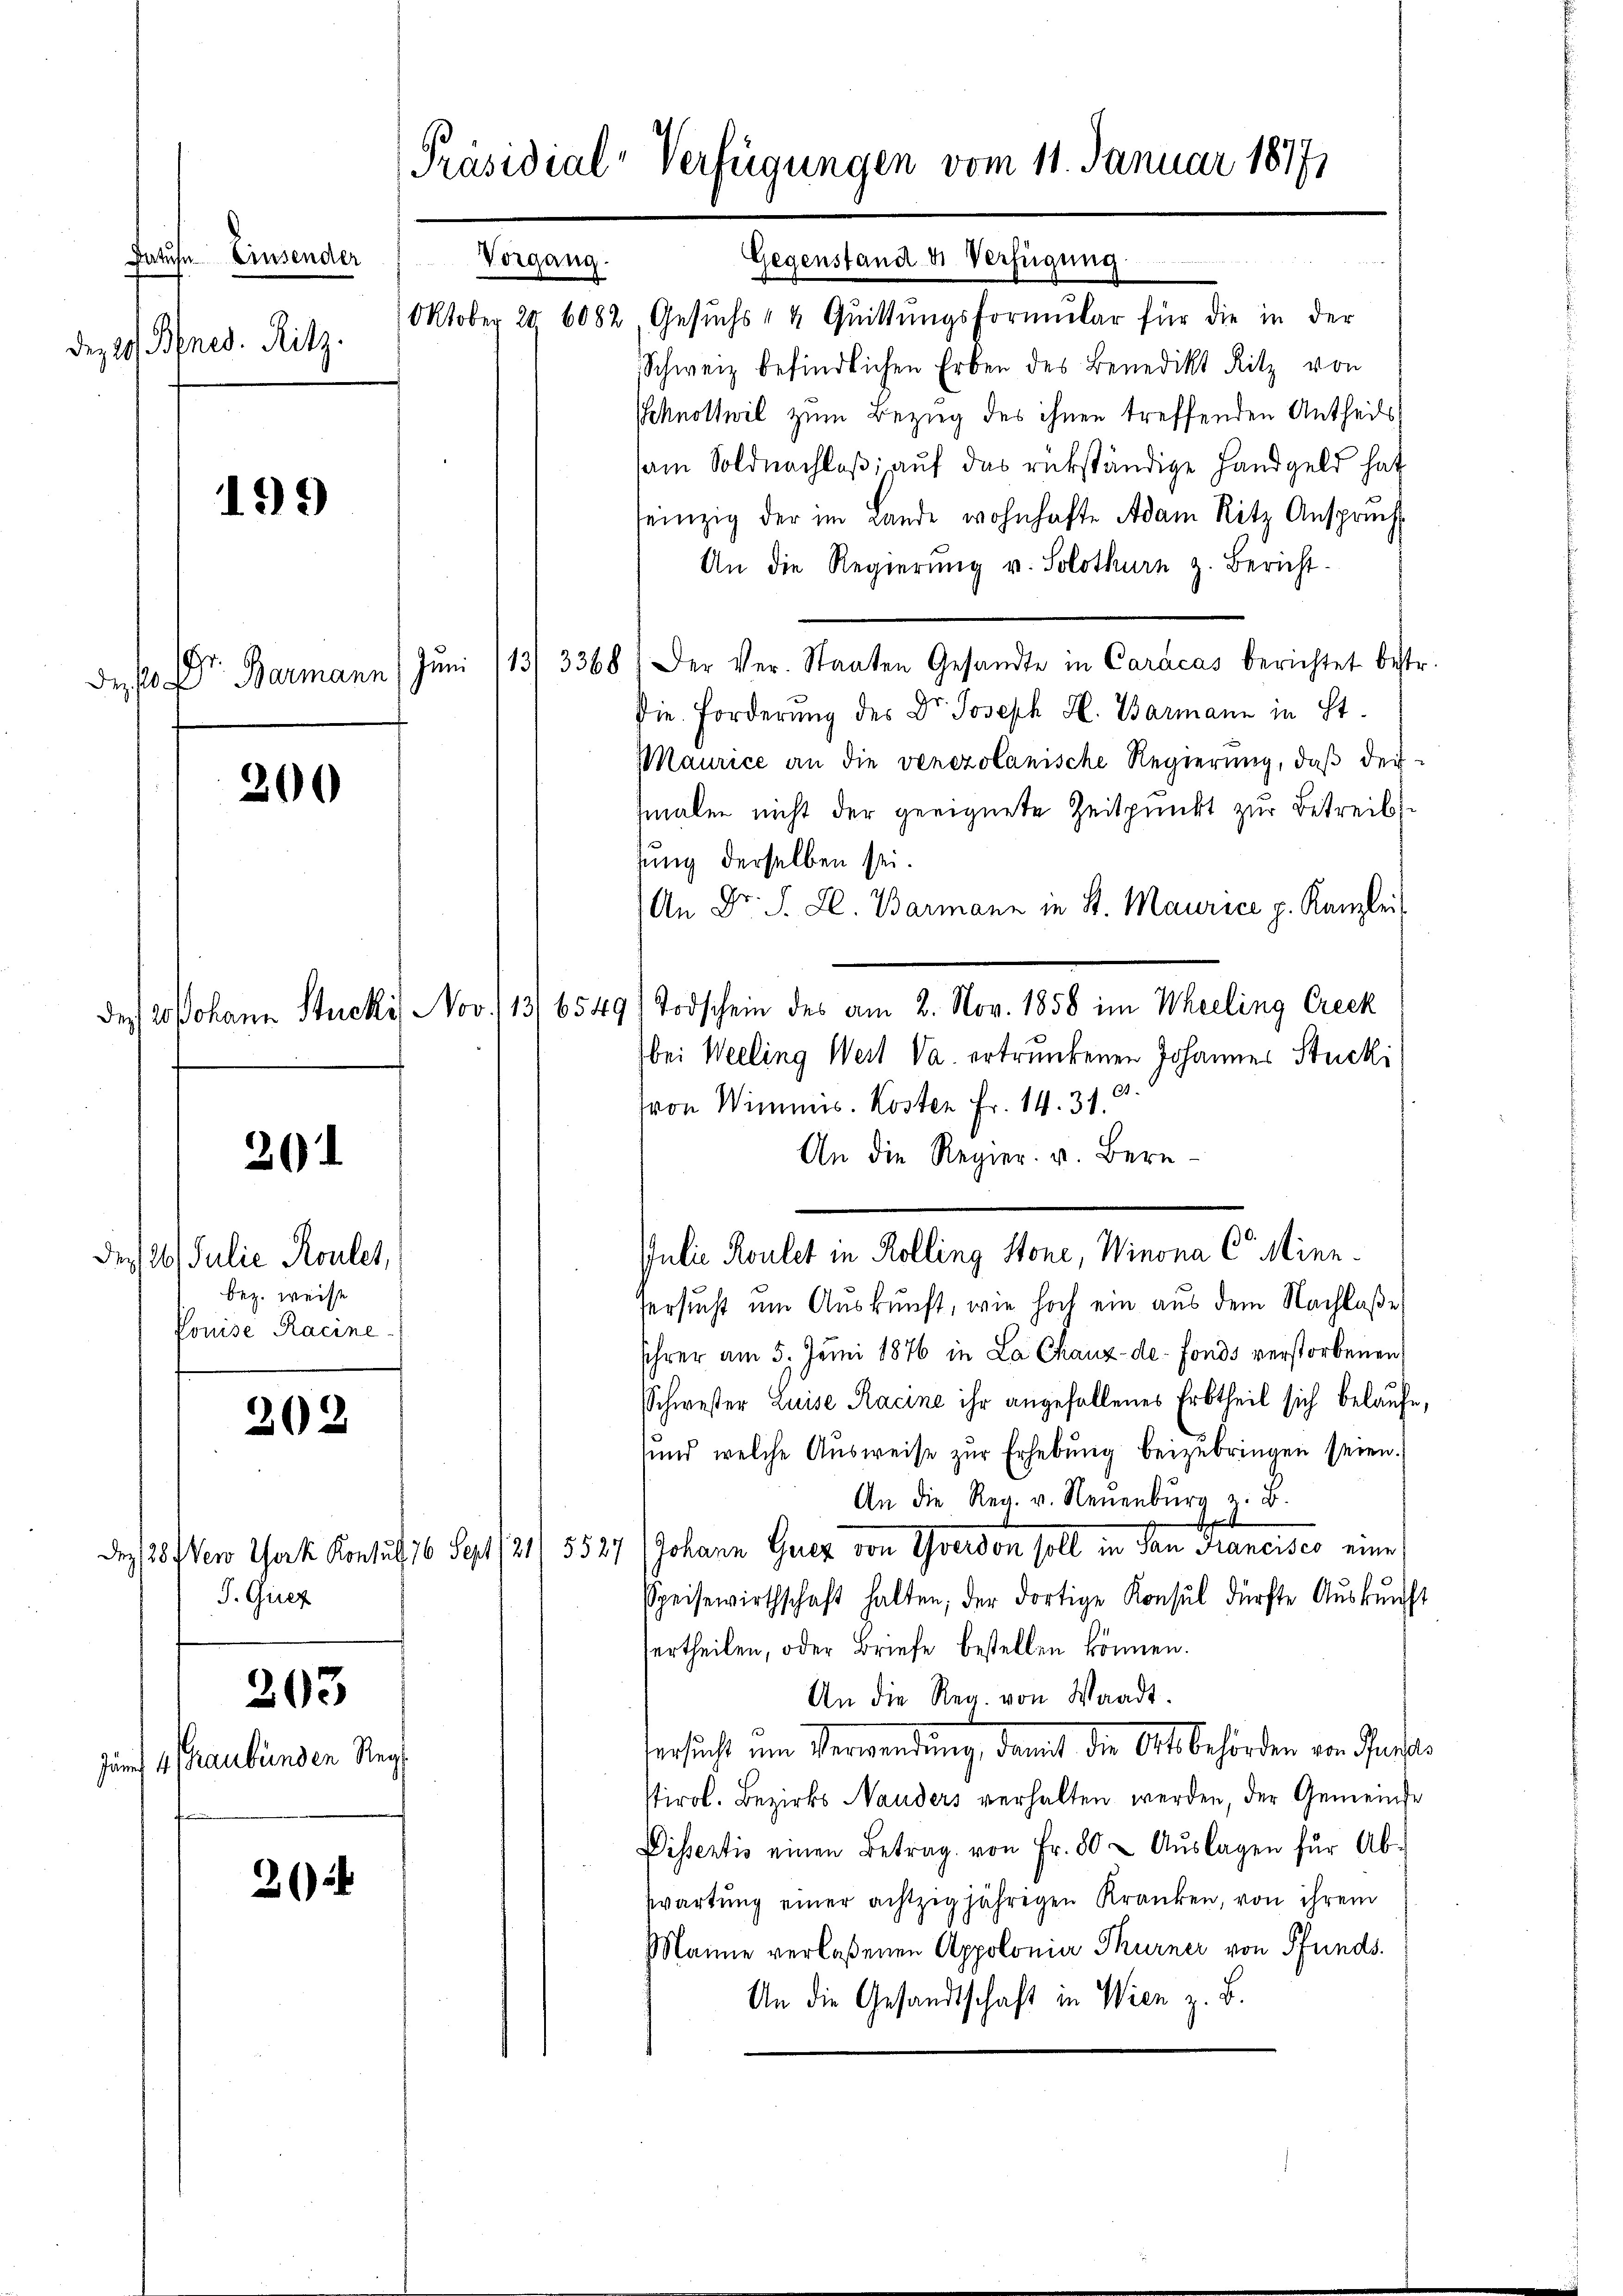
Faue Einsender
Dez 20 fnes. Ritz.

199

deso Dr. Bermann

200

201

de 26. Julie Roulet,
bez. weise
Pouise Racine

302

T. Girez

203

Junf 14 Graubünden Reg

3

Präsidial-Verfügungen vom 11. Januar 18771
Gegenstand & Verfügung
Vorgang.
Oktober 20 6082 Gesuchs " 4 Quittungsformŭlar für die in der
Schweiz befindlichen Erben des Benedikt Ritz von

Schnottwil zum Bezug des ihnen treffenden Antheils
am Soldnachlaß auf das rükständige Handgeld hat
seinzig der im Lande wohnhafte Adam Ritz Ansprŭch
An die Regierŭng u. Solothurn z. Bericht.
13/3368 1 der Ver- Staaten Gesandte in Caracas berichtet bestr.
Juni
Die Forderung des Dr. Joseph H. Barmann in St.
MMaurice an die venezolanische Regierung, daß dei-
hmalen nicht der geeignete Zeitpunkt zur Betreib
sung derselben sei.
An Dr. S. Zl. Barmann in St. Maurice p. Kanzlei
des 20 Johann Stucki Nov. 113/6549) Todschein des am 2. Nov. 1858 im Wheeling Creck
bei Weeling Wert Va. ertrunkenen Johannes Stucki
von Wimmis. Kosten Fr. 14. 31.
An die Regier. v. Bern-
Julie Roulet in Kolling Stone, Winona Continn
ersucht um Auskunft, wie hoch ein aus dem Nachlaße
Ihrer am 5. Juni 1876 in La Chaux-de-Fonds verstorbenen
Schwester Luise Racine ihr angefallenes Erbtheil sich belaufe,
sund, welche Ausweise zur Erhebung beizubringen seien.
An die Reg. v. Neuenburg z. B.
x
des 28 few York Konsul 16 Sept (21/ 5527/Johann Grez von Yverdon soll in San Francisco eine
Speisewirthschaft halten, der dortige Konsul dürfte Aŭskŭnft
ertheilen, oder Briefe bestellen können.
An die Reg. von Waadt.
Versicht um Verwendung, da ich die Ott behörden von Parten
stirol. Bezirks Nanders verhalten werden, der Gemeinde
Dissentis einen Betrag von Fr. 80 u Aŭslagen für Ab-
wartung einer achtzigjährigen Kranken, von ihrem
Manne verlaßenen Appolonia Thurner von Pfunds
An die Gesandtschaft in Wien z. B.